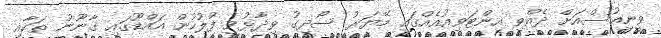
ވީނިއުސްއަށް ދެއްވި އިންޓަވިއުއެއްގައި މޭޔަރު ސޯދިގު ވިދާޅުވީ ފުލުހުން އައްޑޫގައި ގާނޫނު ތަކާއި